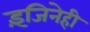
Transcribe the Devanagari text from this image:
इंजिनेही